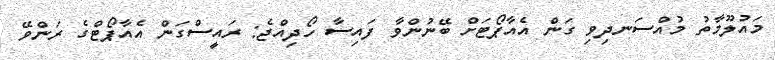
މައުލޫމާތު މުއްސަނދިވި ގަން އެއާޕޯޓަށް ބޭނުންވާ ފައިސާ ހޯދިއްޖެ: ރައީސްގަން އެއާޕޯޓްގެ ރަންވޭ